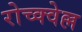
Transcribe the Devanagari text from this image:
रोच्क्वेल्ल